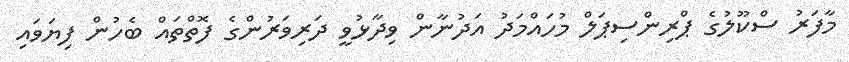
މާފަރު ސްކޫލުގެ ޕްރިންސިޕަލް މުހައްމަދު އަދުނާން ވިދާޅުވީ ދަރިވަރުންގެ ފޮތްތައް ބެހުން ފިޔަވައި